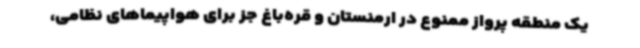
یک منطقه پرواز ممنوع در ارمنستان و قره‌باغ جز برای هواپیماهای نظامی،